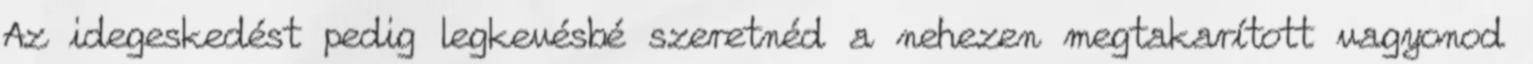
Az idegeskedést pedig legkevésbé szeretnéd a nehezen megtakarított vagyonod